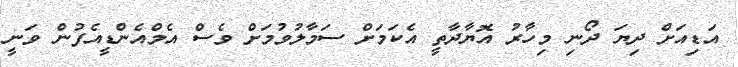
އަޑިއަށް ދިޔަ ދޯނި މިހާރު އޮޔާދާތީ އެކަމަށް ސަމާލުވުމަށް ވެސް އެމްއެންޑީއެފުން ވަނީ